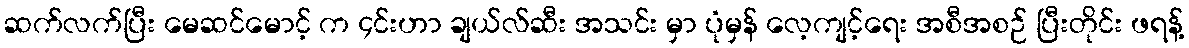
ဆက်လက်ပြီး မေဆင်မောင့် က ၄င်းဟာ ချယ်လ်ဆီး အသင်း မှာ ပုံမှန် လေ့ကျင့်ရေး အစီအစဉ် ပြီးတိုင်း ဖရန့်